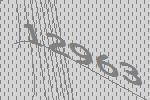
12963